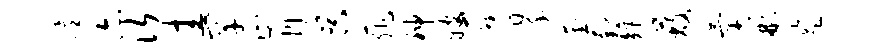
眙亦次圭罕肯吴菲神嫂匠翠奎萄矩蔽气彬监